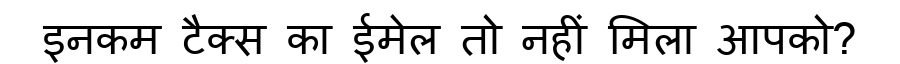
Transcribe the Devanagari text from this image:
इनकम टैक्स का ईमेल तो नहीं मिला आपको?